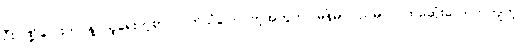
ဦးပဏ္ဍိလေးဘဝနဲ့ သူရေးတဲ့စာ လက်သံပြောင်တဲ့အတွက် မြန်မာပြည်မှာ ပထမဆုံးလောက်ကျတဲ့